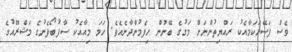
ވެސް ފަސޭހަކަމާއެކު ރައްޔިތުންނަށް މަގުގެ ބޭނުން ހިފެމުންދާނެއެވެ. ހަމަ މިއާއެކު ސާފުބޯފެނުގެ މަޝްރޫއުގެ